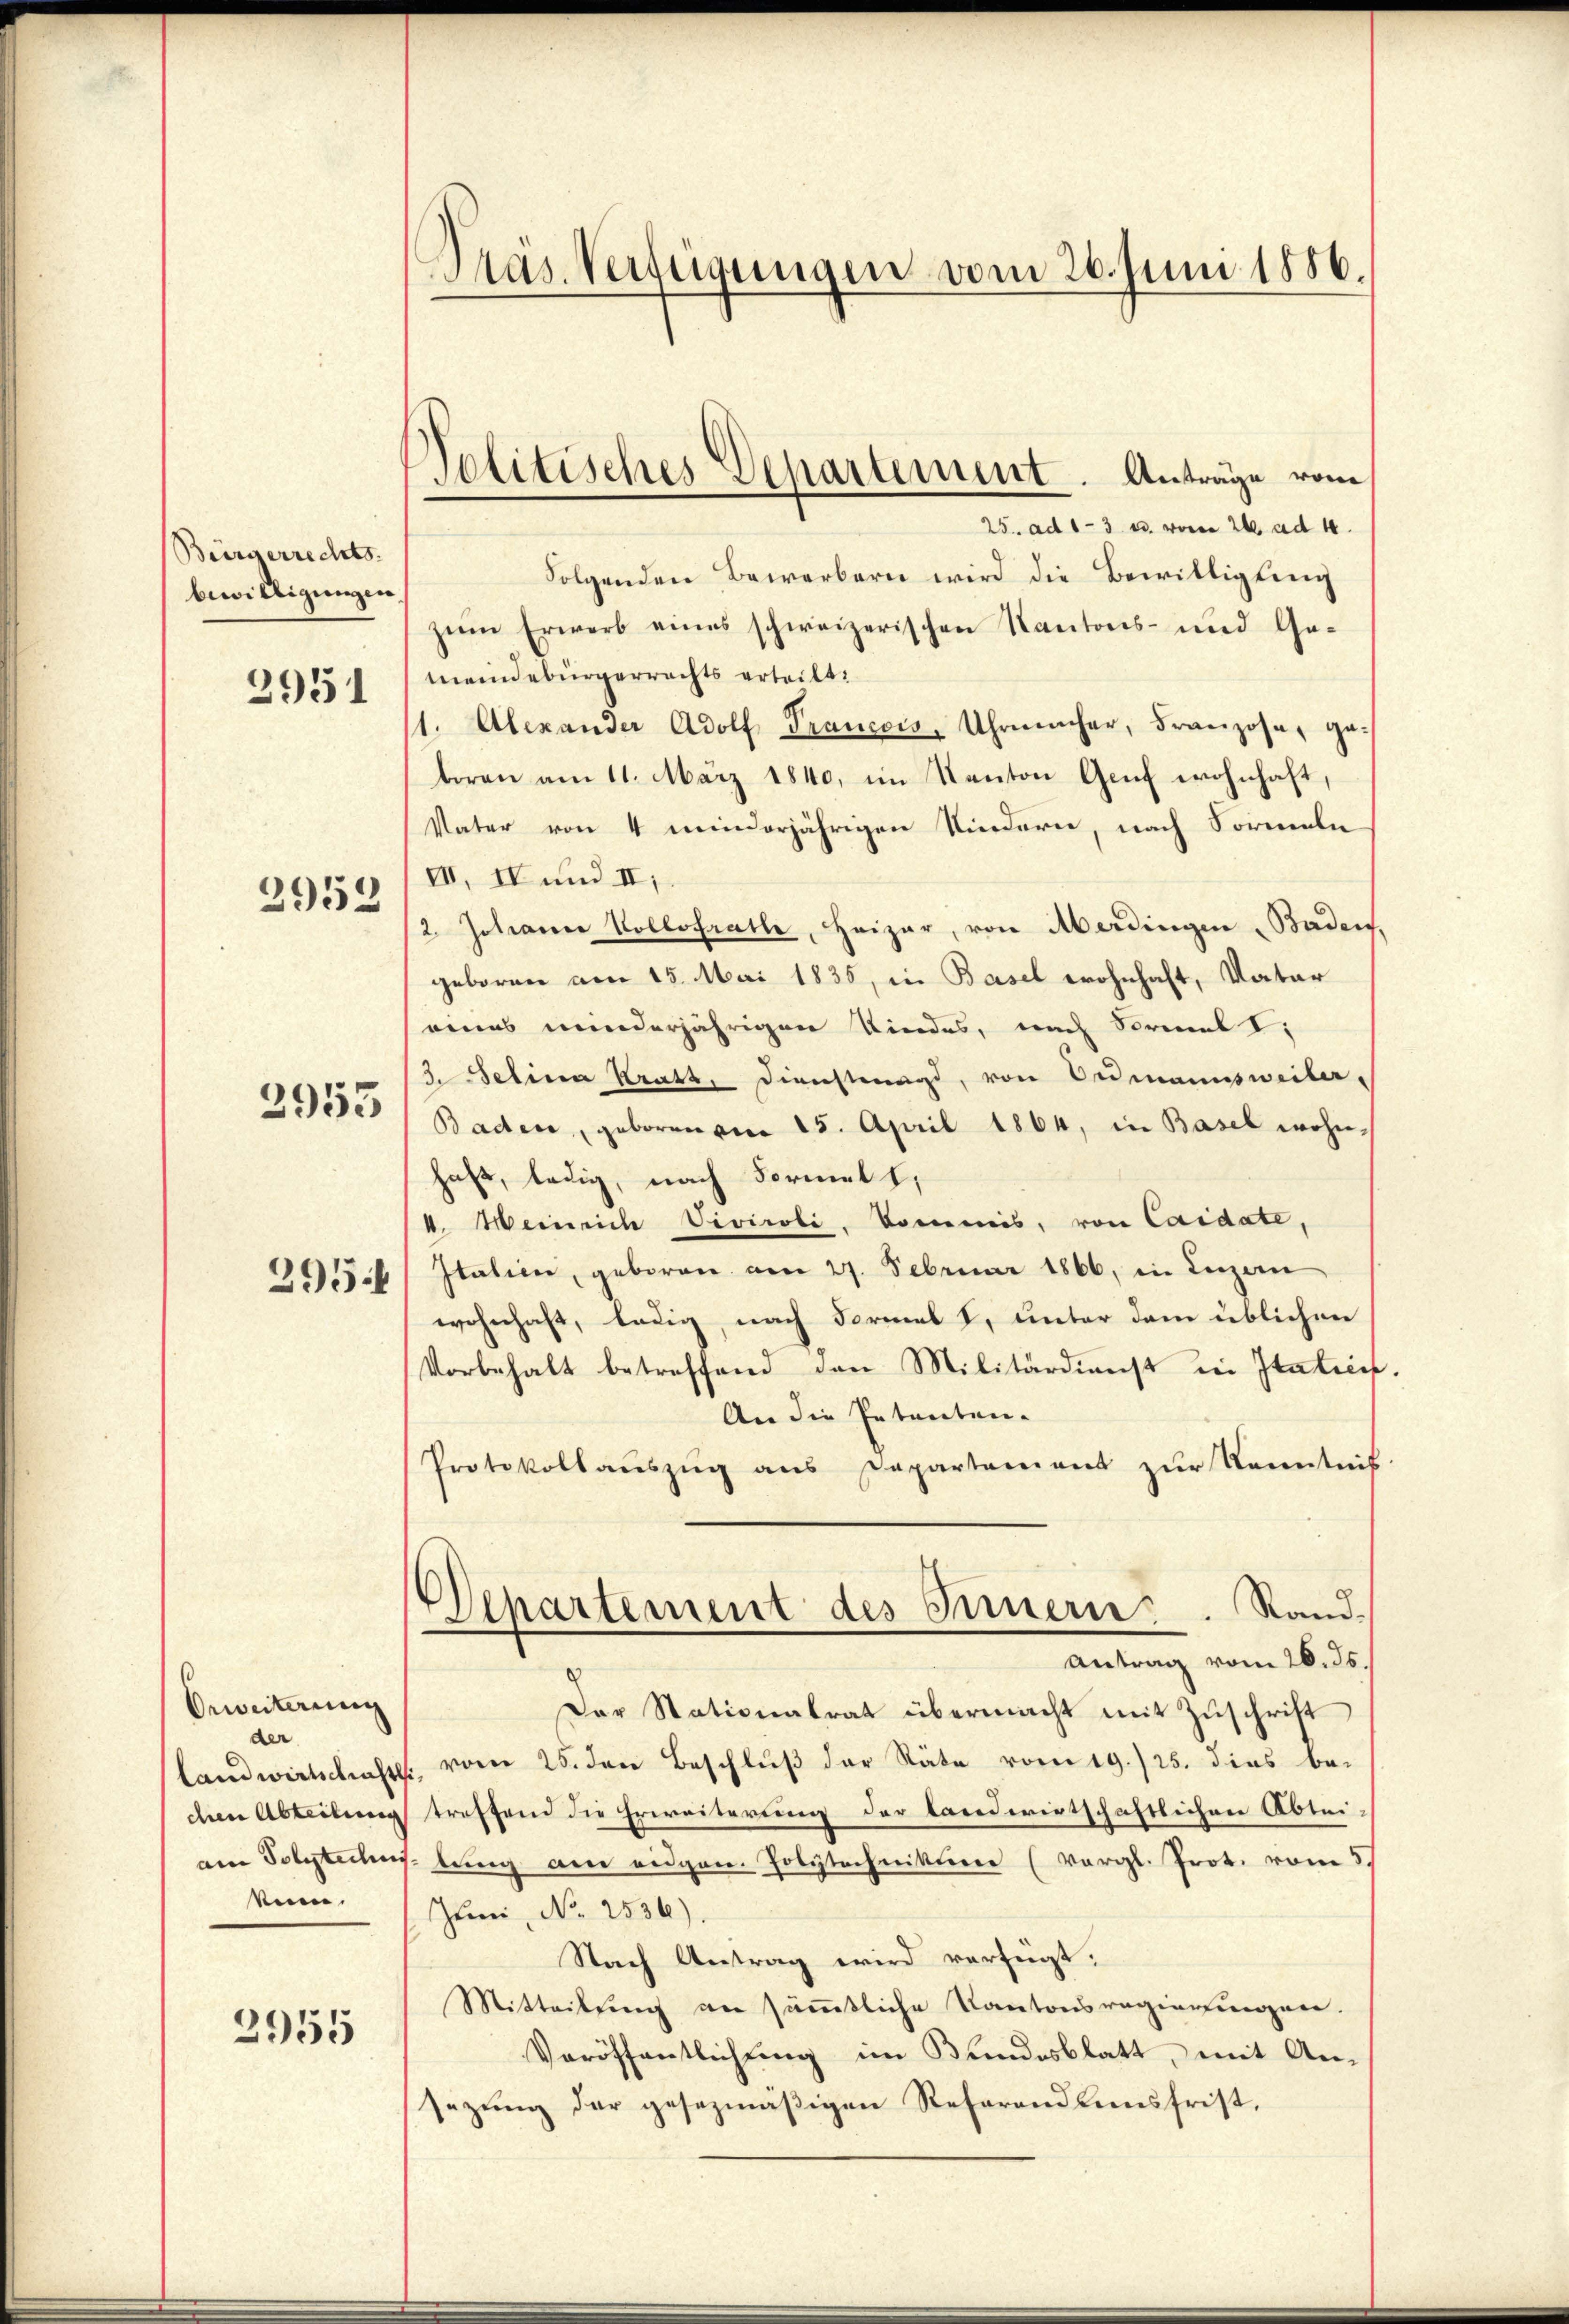
Bürgerrechts.
bewilligungen
2951

2952

2953

295.

Orweiterung
der

2955

25. ad 1-3 u. vom 26. ad 4.
Folgenden Bewerbern wird die Bewilligung
zŭm Erwerb eines schweizerischen Kantons- und Ge-
meindebürgerrechts erteilt:
1. Alexander Adolf, Trancois, Uhrmacher, Franzose, geboren am 11. März 1840, im Kanton Genf wohnhaft,
Vater von 4 minderjährigen Kindern, nach Formeln
VII, IV und II,
2. Johanne Kollofrathe, Heizer, von Aberdingen Baden
geboren am 15. Mai 1835, in Basel wohnhaft, Vater
eines minderjährigen Kindes, nach Normal I
3. Selina Kratz, Dienstag, von Ordmannsweiler-
Baden, geborenen 25. April 1864, in Basel wohnhaft, ledig, nach Formelt,
4. Heinrich Vivicoli kommis, von Caidate,
Italien, geboren am 27. Februar 1866, in Luzern
wohnhaft, ledig, nach dermal I, unter dem üblichen
Vorbehalt betreffend den Militärdienst in Italici
An die Petenten-
Protokollaŭszŭg ans Departement zŭr Kenntnis
Departement des Innern. Sand¬
Antrag vom 26. ds.
Der Stationalrat übermacht mit Zuschrift
landwirtschaft vom 25. den Beschluß der Räte vom 19./25. dies be-
chen Abteilung treffend die Erweiterung der landwirtschaftlichen Ableiam Polyteches lung am eidgen. Polytechniktione (vergl. Prot. vom 5.
kann. Juni, No 1536)
Nach Antrag wird verfügt.
Mitteilung an sämmtliche Kantonsregierungen.
Veröffentlichung im Bundesblatt, mit Ansezŭng der gesezmäβigen Referend einsfrist,

Dräs Verfügungen vom 26. Juni 1886.

Politisches Departement. Anträge vom